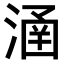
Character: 𣹢